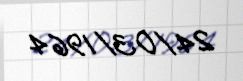
24/03/1964